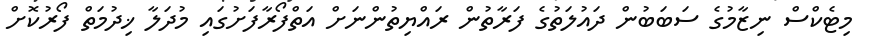
މިޓެކްސް ނިޒާމުގެ ސަބަބުން ދައުލަތުގެ ފަރާތުން ރައްޔިތުންނަށް އަތްފޯރާފަށުގައި މުދަލާ ޚިދުމަތް ފޯރުކޮށް